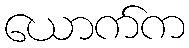
ယောက်က